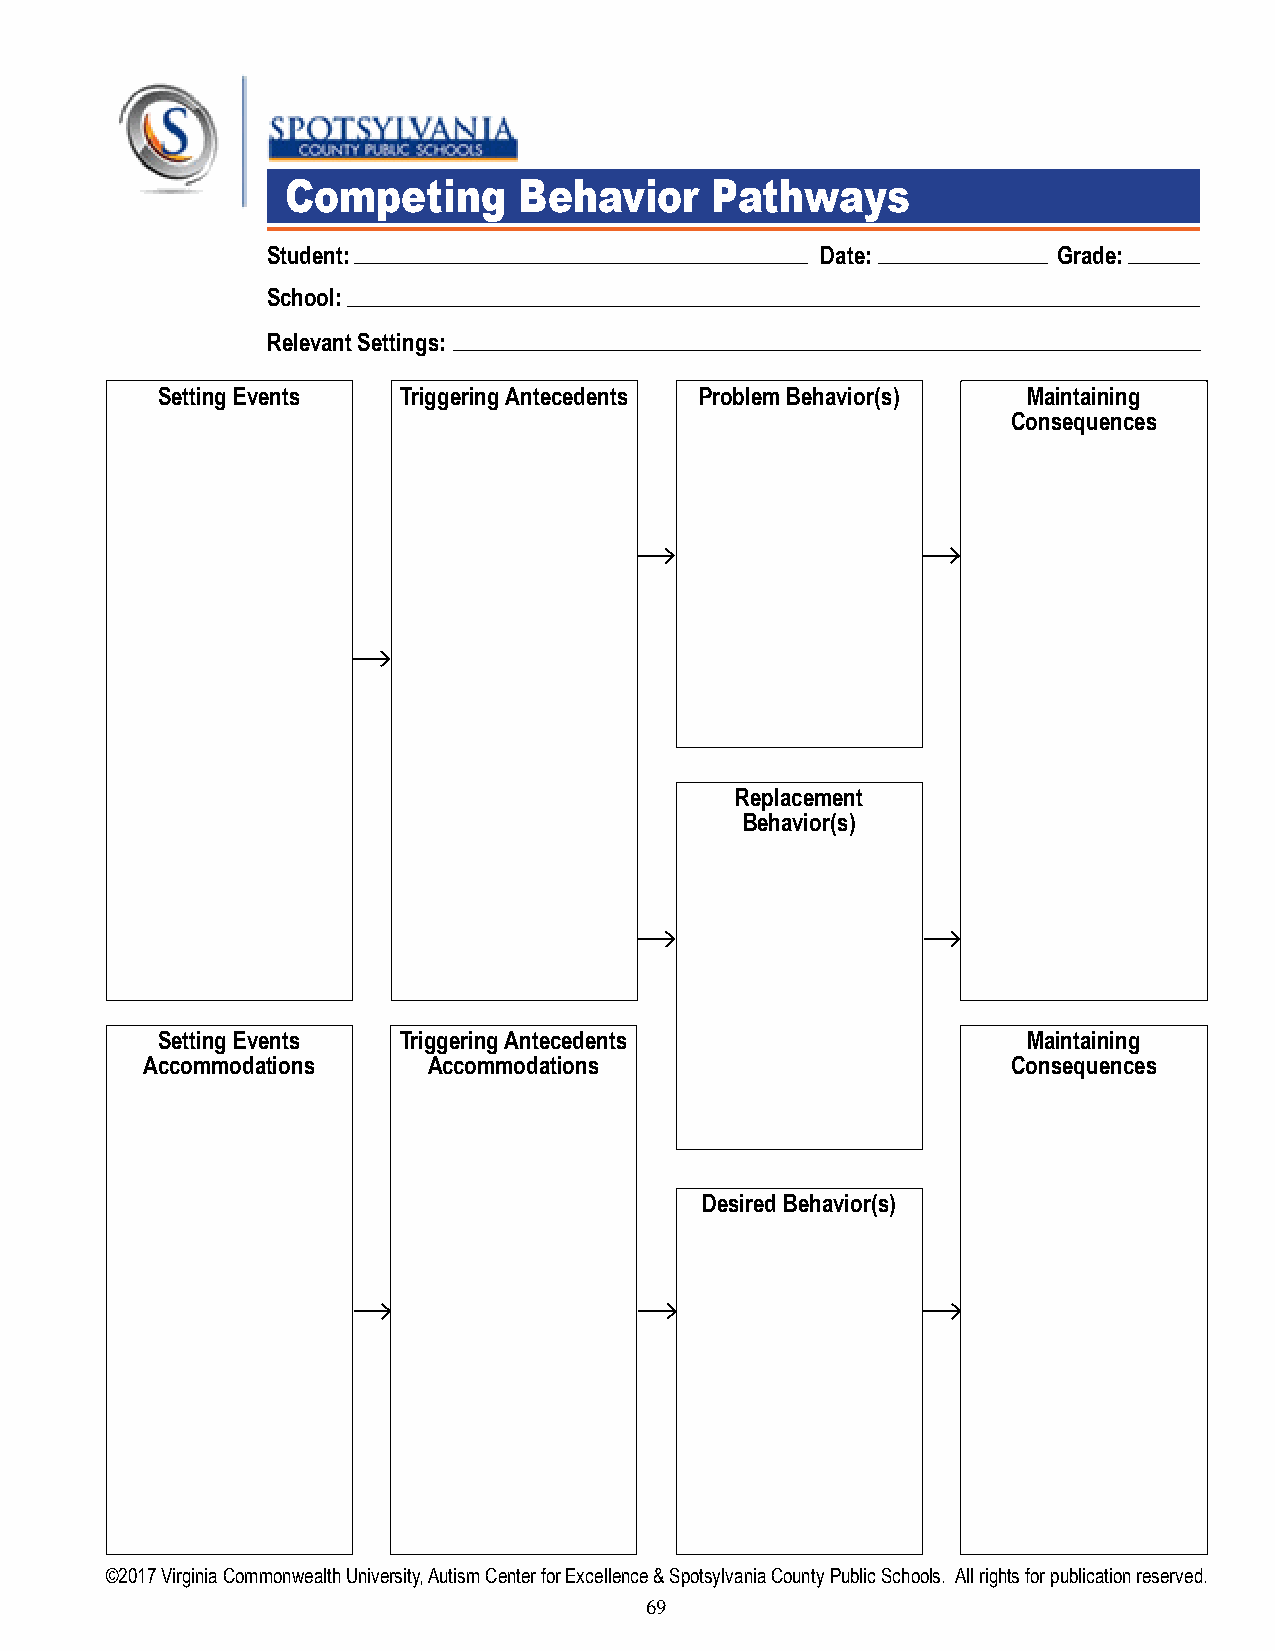
Competing      Behavior     Pathways
 Student:                            Date:           Grade:
 School:
 Relevant Settings:
 Setting Events   Triggering Antecedents Problem Behavior(s) Maintaining
 Consequences
 Replacement
 Behavior(s)
 Setting Events  Triggering Antecedents                    Maintaining
 Accommodations     Accommodations                         Consequences
 Desired Behavior(s)
 ©2017 Virginia Commonwealth University, Autism Center for Excellence & Spotsylvania County Public Schools. All rights for publication reserved.
 69